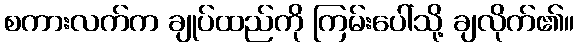
စကားလက်က ချုပ်ထည်ကို ကြမ်းပေါ်သို့ ချလိုက်၏။